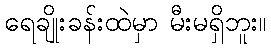
ရေချိုးခန်းထဲမှာ မီးမရှိဘူး။